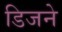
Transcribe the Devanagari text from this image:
डिजने